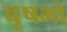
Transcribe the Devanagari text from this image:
वृषभो